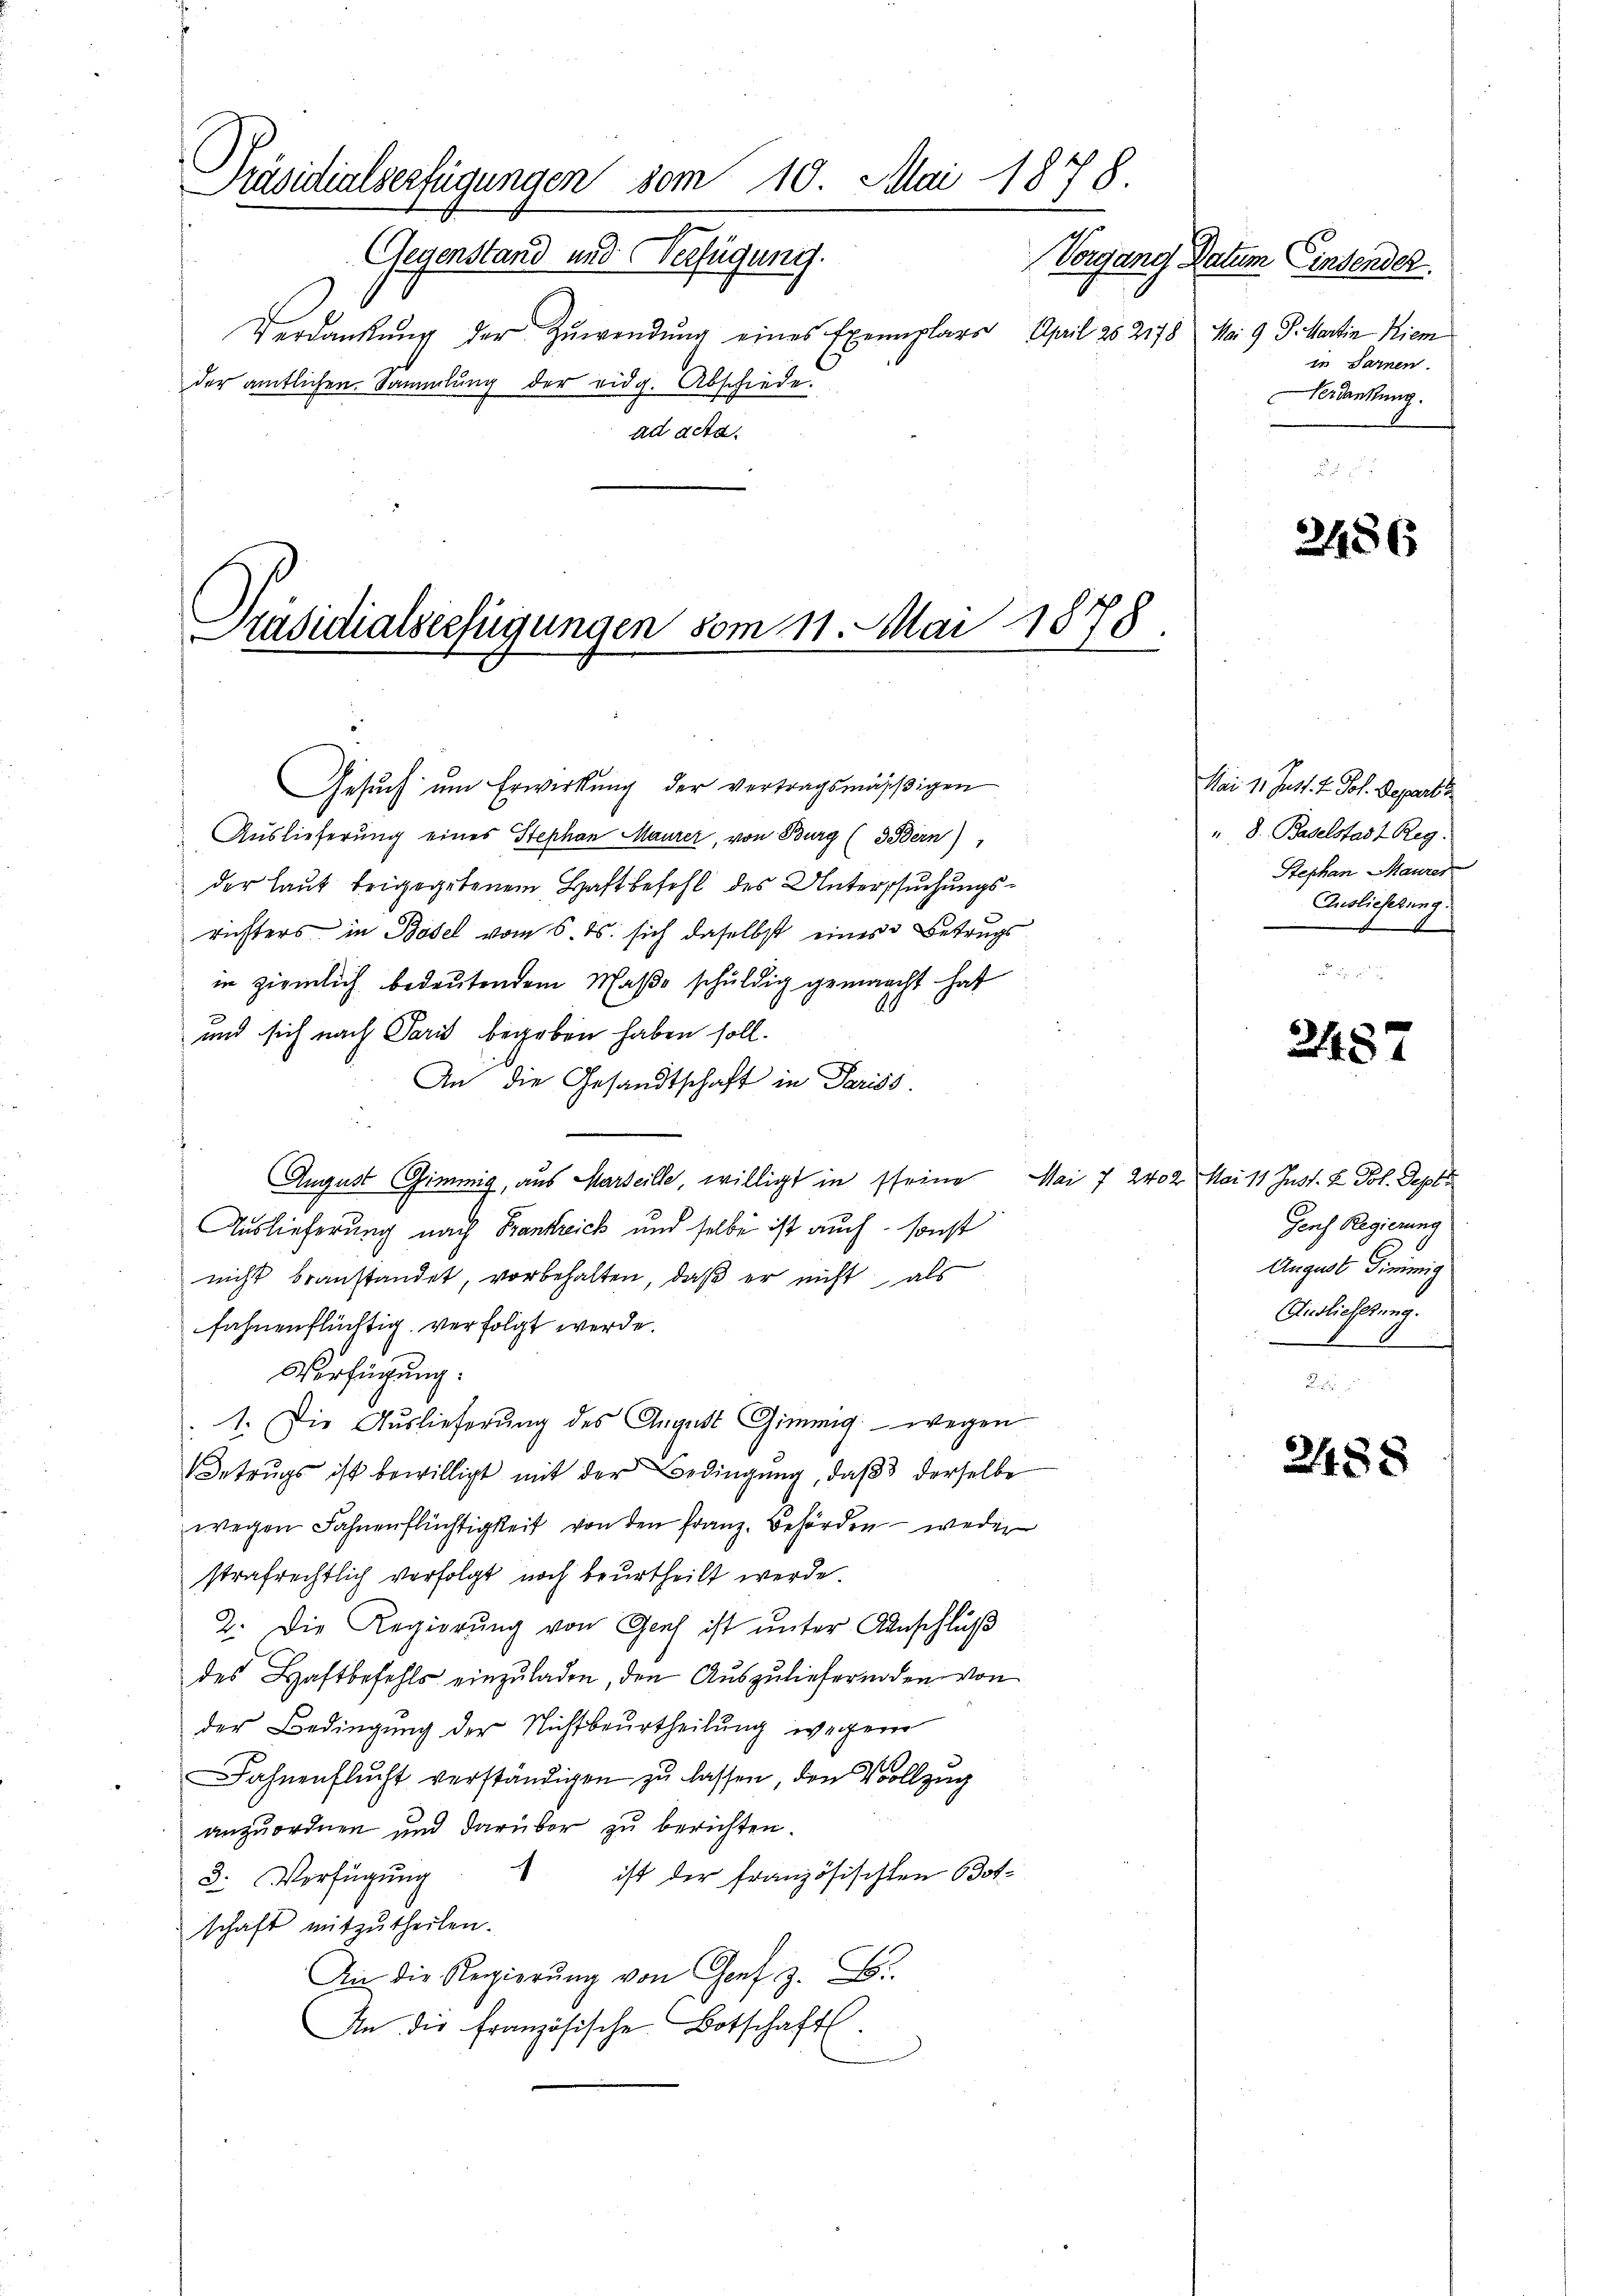
Präsidialserfügungen vom 10. Mai 1878.
Gegenstand und Verfügung.
Vorgang Datum Einsender.
Verdankŭng der Zuwendung eines Exemplare April 25. 2178 Mai 9 J. Martin Niem
der amtlichen Sammlung der eidg. Abschiede
Verdankung.
ad acta.

Präsidialserfügungen vom 11. Mai 1878.

Gesuch um Erwirkung der vertragsmässigen
Auslieferung eines Stephan Maurer, von Burg (3 Bern),
der laut beigegebenem Haftbefehl des Untersuchungsrichters in Bodel vom 6. ds. sich daselbst eines Betrugsin ziemlich bedeutendem Maße schuldig gemacht hat
40
und sich nach Paris begeben haben soll.
An die Gesandtschaft in Pariss.
August Gimmig, aus Marseille, willigt in seine Mai 7 2402 Mai 11 Just. H. Pol. Sept
Auslieferung nach Frankreich und selbe ist auch sonst
nicht beanstandet, vorbehalten, daß er nicht als
fahnenflüchtig verfolgt werde.
Verfügung.
1. Die Auslieferung des August Gimmig wegen
Betrugs ist bewilligt mit der Bedingung, daβ derselbe
wegen Fahnenflüchtigkeit von den Franz, Behörden - weder
strafrechtlich verfolgt noch beurtheilt werde.
2. Die Regierung von Genf ist unter Anschluß
des Haftbefehls einzuladen, den Auszulieferenden von
der Bedingung der Nichtbeurtheilung wegene
Fahnenflŭcht verständigen zu lassen, den Vollzug
anzuordnen und darüber zu berichten.
3. Verfügŭng  ist der französischten Botschaft mitzutheilen.
An die Regierŭng von Genf z. B.
An die Französische Botschaft.

in Sarnen.

3486

Mai 11. Just. v. Joh. Departe
" 8. Baselstadt Reg.
Stephan Maurer
Zuslieferung.

2487

Gens Regierung
August Simmig
Auslieferung.

2438